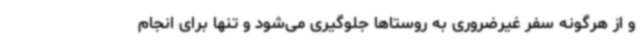
و از هرگونه سفر غیرضروری به روستاها جلوگیری می‌شود و تنها برای انجام